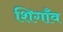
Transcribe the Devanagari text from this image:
शिगाँव